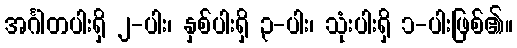
အင်္ဂါတပါးရှိ ၂-ပါး၊ နှစ်ပါးရှိ ၃-ပါး၊ သုံးပါးရှိ ၁-ပါးဖြစ်၏။